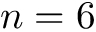
n = 6